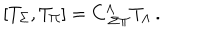
\left[ T _ { \Sigma } , T _ { \Pi } \right] = C _ { \ \Sigma \Pi } ^ { \Lambda } T _ { \Lambda } \, .